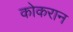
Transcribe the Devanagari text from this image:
कोकरान